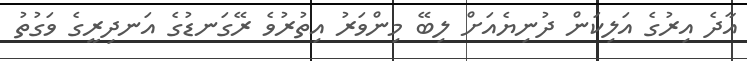
އާދެ އިރުގެ އަލިކަން ދުނިޔެއަށް ލިބޭ މިންވަރު އިތުރުވެ ރޭގަނޑުގެ އަނދިރީގެ ވަގުތު